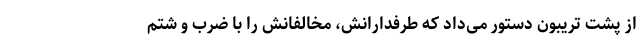
از پشت تریبون دستور می‌داد که طرفدارانش، مخالفانش را با ضرب و شتم